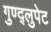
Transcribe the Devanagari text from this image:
गुण्द्लुपेट